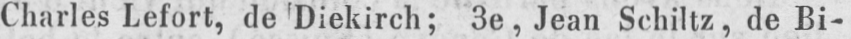
Charles Lefort, de Diekirch; 3e, Jean Schiltz, de Bi-